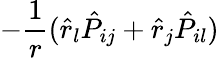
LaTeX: -\frac{1}{r}(\hat{r}_{l}\hat{P}_{ij}+\hat{r}_{j}\hat{P}_{il})